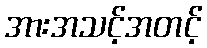
အားအသင့်အတင့်